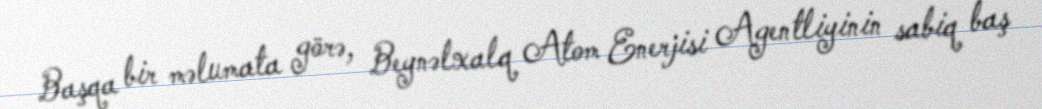
Başqa bir məlumata görə, Beynəlxalq Atom Enerjisi Agentliyinin sabiq baş